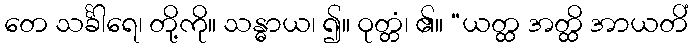
တေ သင်္ခါရေ၊ တို့ကို။ သန္ဓာယ၊ ၍။ ဝုတ္တံ၊ ၏။ “ယတ္ထ အတ္ထိ အာယတိံ